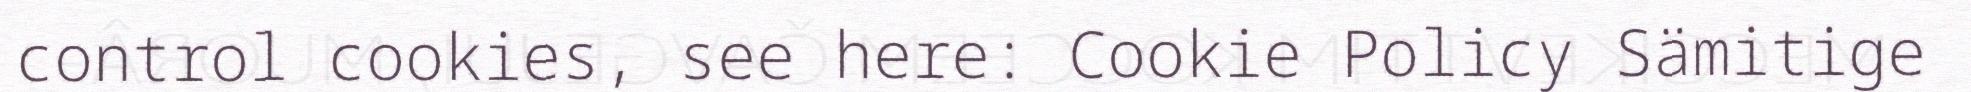
control cookies, see here: Cookie Policy Sämitige